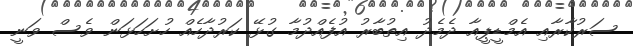
ސަރުކާރާއި އެމްޑީޕީއާ ދެމެދު އިތުބާރު އުފެއްދުމާ ގުޅޭ ކަރުދާހެއް ހުށަހަޅަން ވެސް ވަނީ